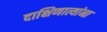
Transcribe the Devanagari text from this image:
दाक्षिणात्यांना